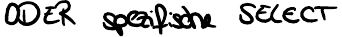
ODER spezifische SELECT